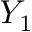
Y _ { 1 }